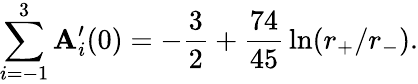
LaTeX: \sum_{i=-1}^{3}\mathbf{A}_{i}^{\prime}(0)=-{\frac{{3}}{{2}}}+{\frac{{74}}{{45}}}\ln(r_{+}/r_{-}).